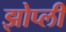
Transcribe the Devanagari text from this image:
झोप्ली